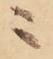
ニ